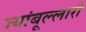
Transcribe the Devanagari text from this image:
ज्यांबूल्लारी